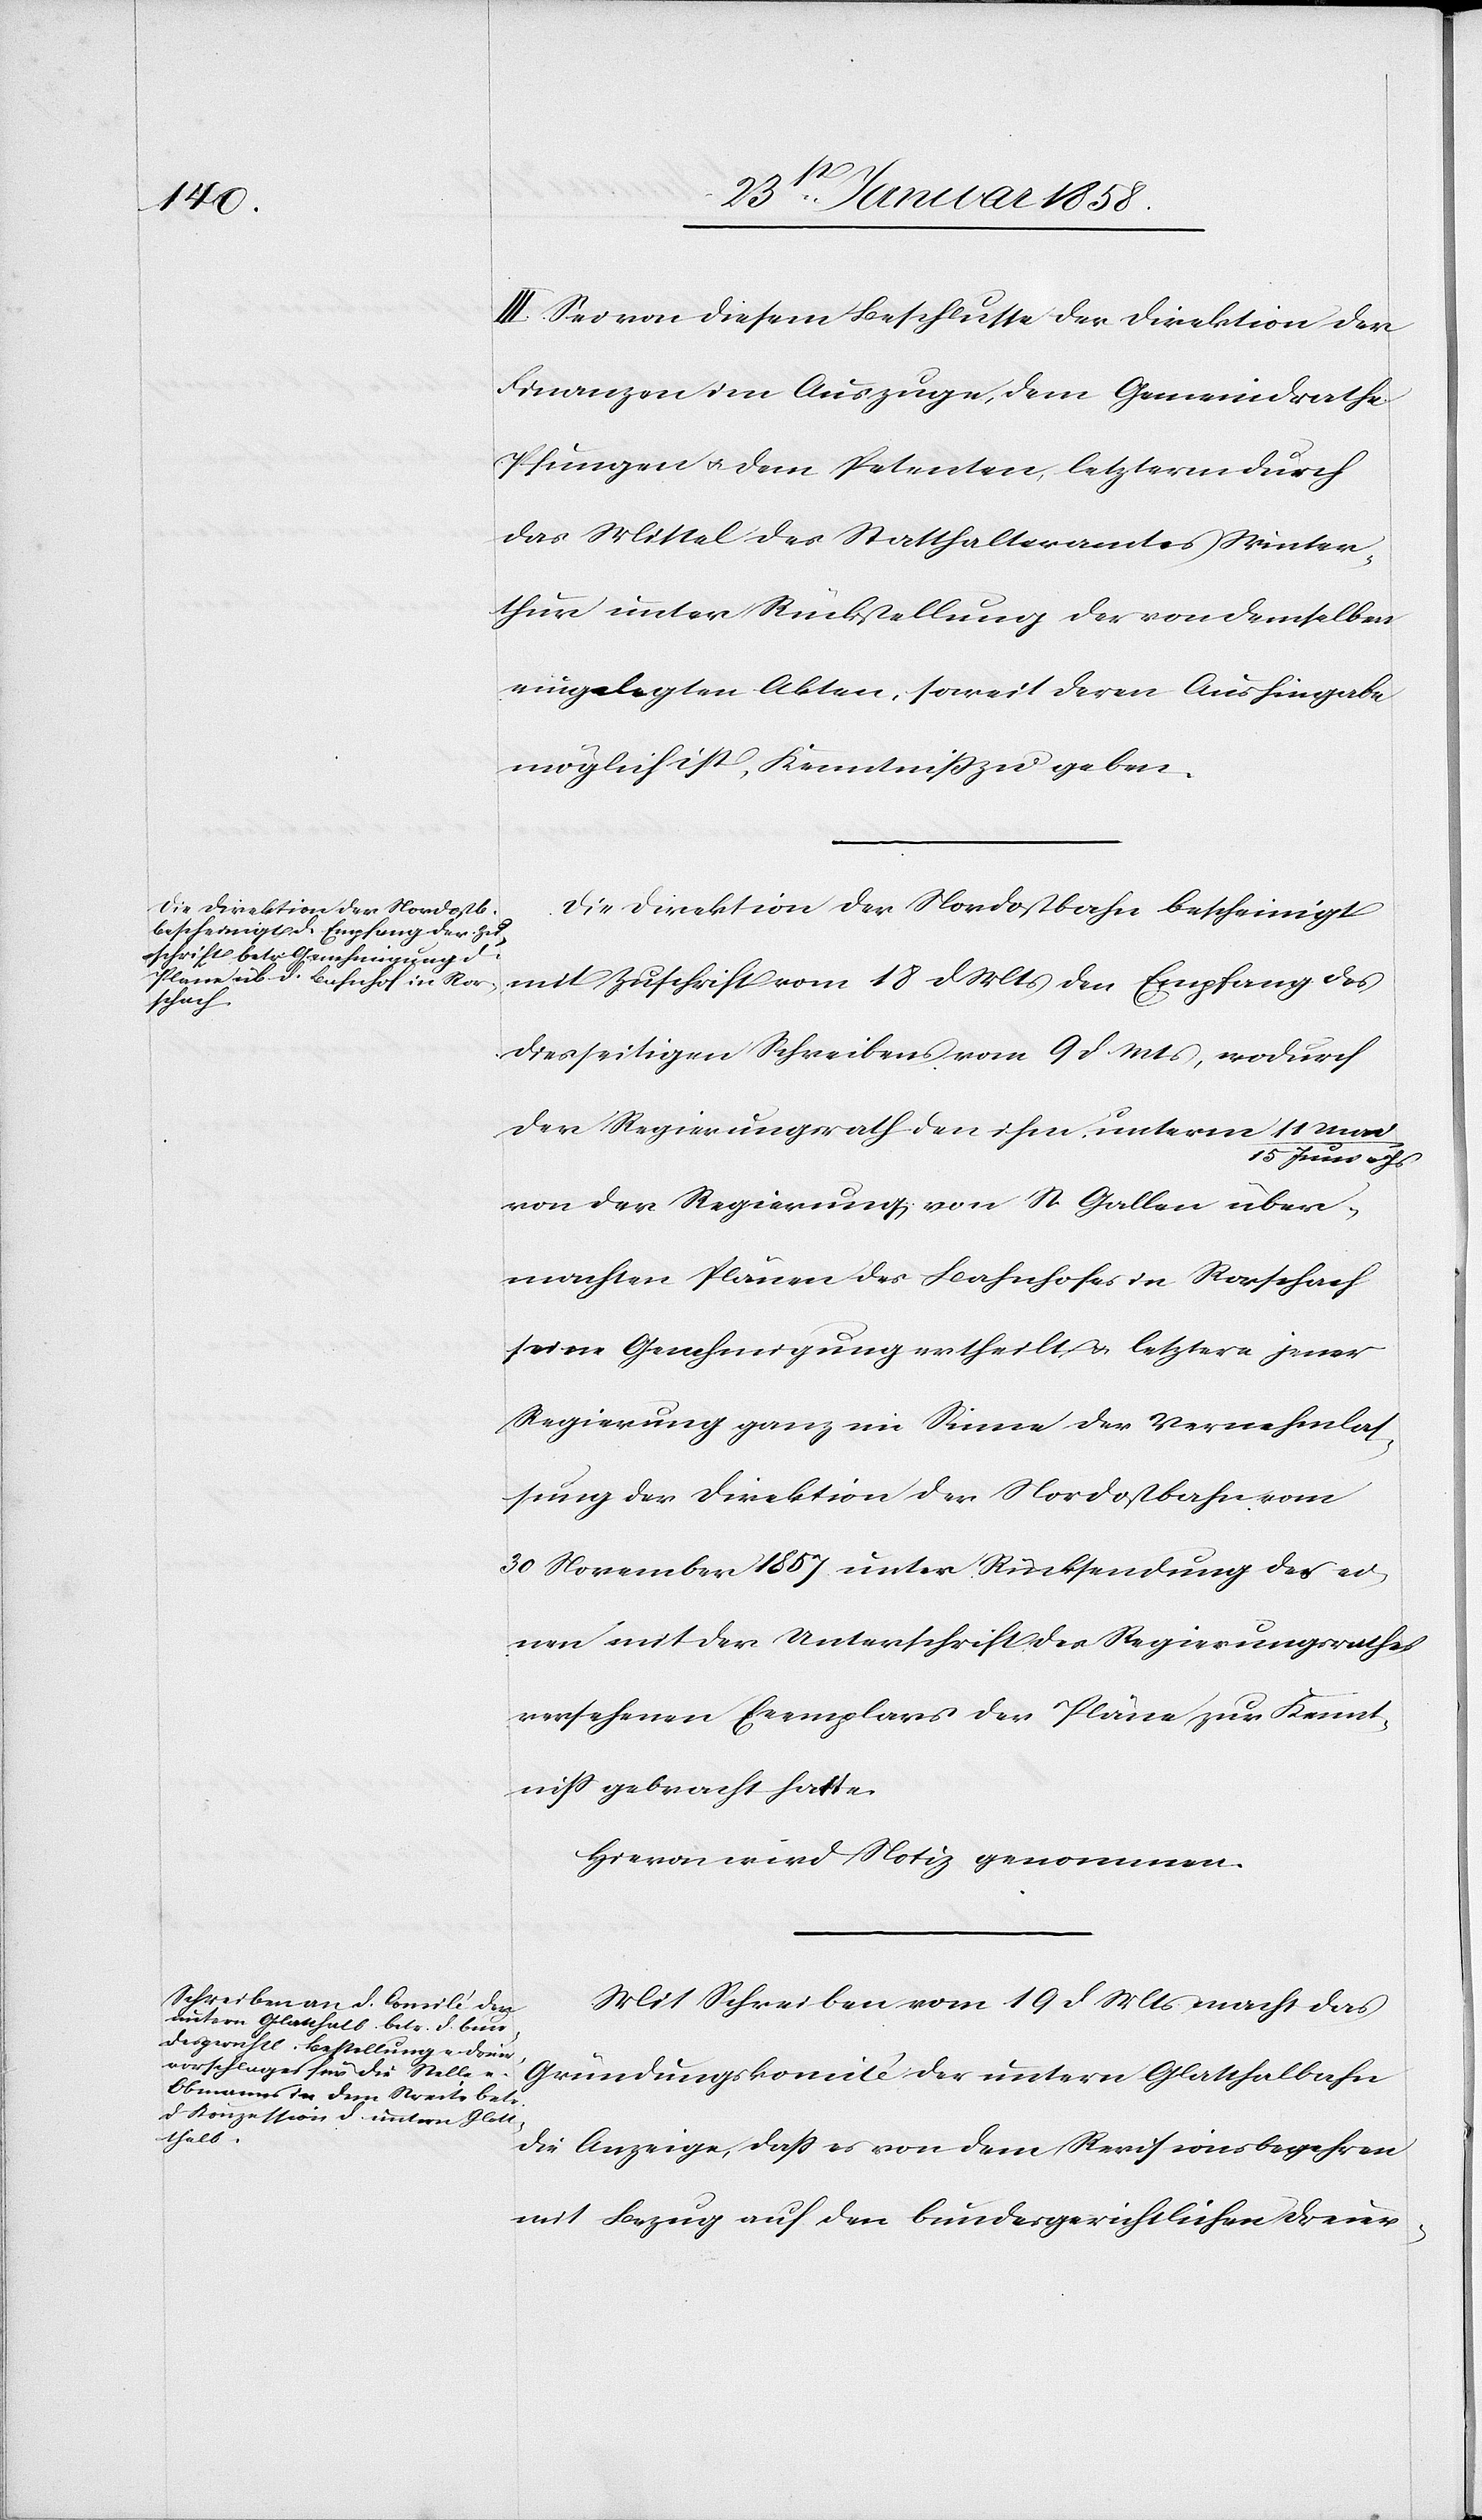
III. Sei von diesem Beschlusse der Direktion der
Finanzen im Auszuge, dem Gemeindrathe
Pfungen u. dem Petenten, letzterm durch
das Mittel des Statthalteramtes Winter¬
thur unter Rückstellung der von demselben
eingelegten Akten, soweit deren Aushingabe
möglich ist, Kenntniß zu geben.
Die Direktion der Nordostbahn bescheinigt
mit Zuschrift vom 18 d Mts den Empfang des
diesseitigen Schreibens vom 9 d Mts, wodurch
der Regierungsrath den ihm unterm 11 Ma¬
i/15 Juni v. Js
von der Regierung von St. Gallen über¬
machten Plänen des Bahnhofes in Rorschach
seine Genehmigung ertheilt u. letztere jener
Regierung ganz im Sinne der Vernehmlas¬
sung der Direktion der Nordostbahn vom
30 November 1857 unter Rücksendung des ei¬
nen mit der Unterschrift des Regierungsrathes
versehenen Exemplars der Pläne zur Kennt¬
niß gebracht hatte.
Hievon wird Notiz genommen.
Mit Schreiben vom 19 d Mts macht das
untern
die Anzeige, daß es von dem Revisionsbegehren
mit Bezug auf den bundesgerichtlichen Dreier-